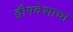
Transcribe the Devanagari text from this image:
द्वीपदेशाचा